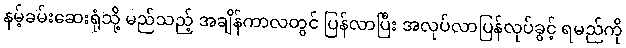
နမ့်ခမ်းဆေးရုံသို့ မည်သည့် အချိန်ကာလတွင် ပြန်လာပြီး အလုပ်လာပြန်လုပ်ခွင့် ရမည်ကို